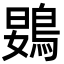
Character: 䳛